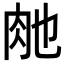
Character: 𮌊